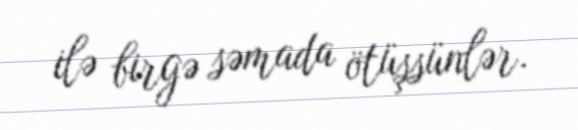
ilə birgə səmada ötüşsünlər.